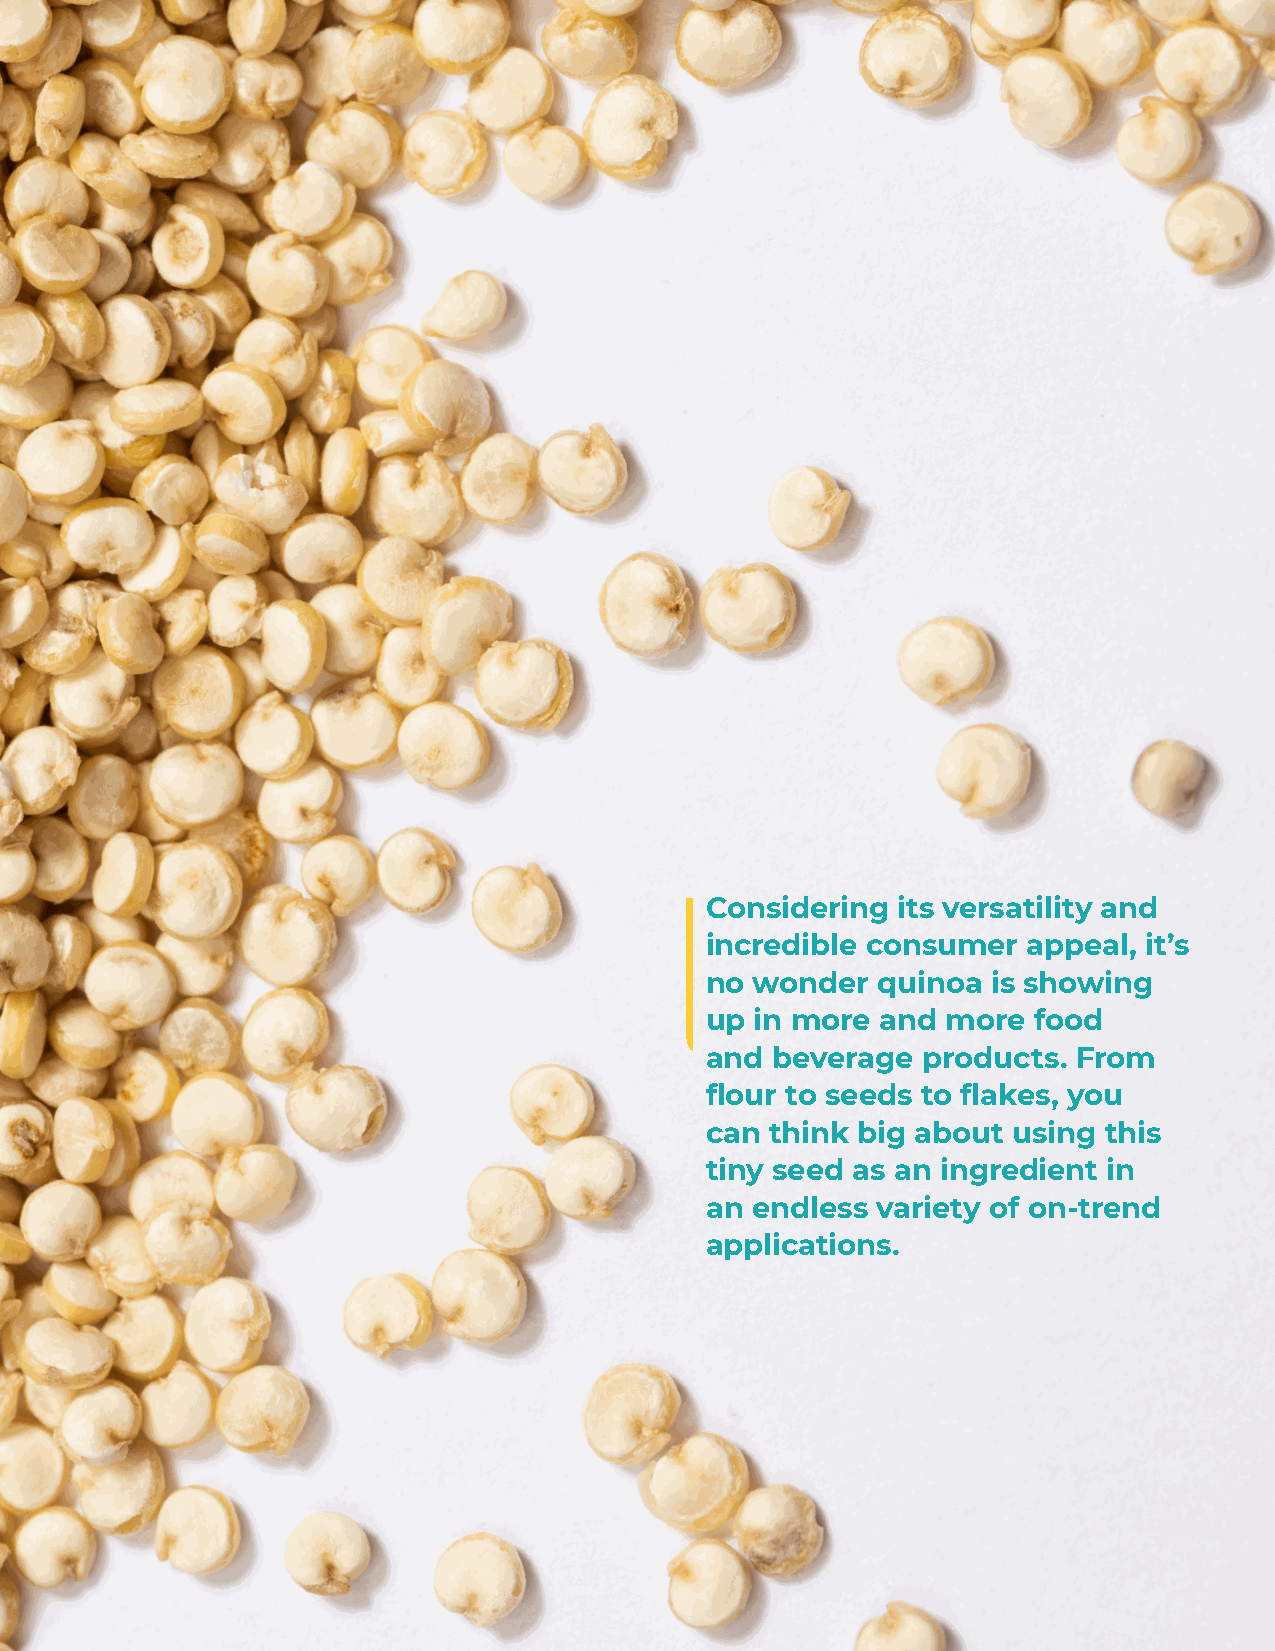
Considering its versatility and
 incredible consumer  appeal, it’s
 no wonder  quinoa  is showing
 up in more and  more food
 and beverage  products. From
 flour to seeds to flakes, you
 can think big about using this
 tiny seed as an ingredient in
 an endless variety of on-trend
 applications.